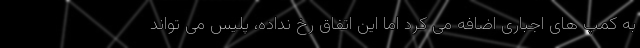
به کمپ های اجباری اضافه می کرد اما این اتفاق رخ نداده، پلیس می تواند